NAE_EAA_P-1039_Kommunismi_Majak_kalurikolhoos, lk 20
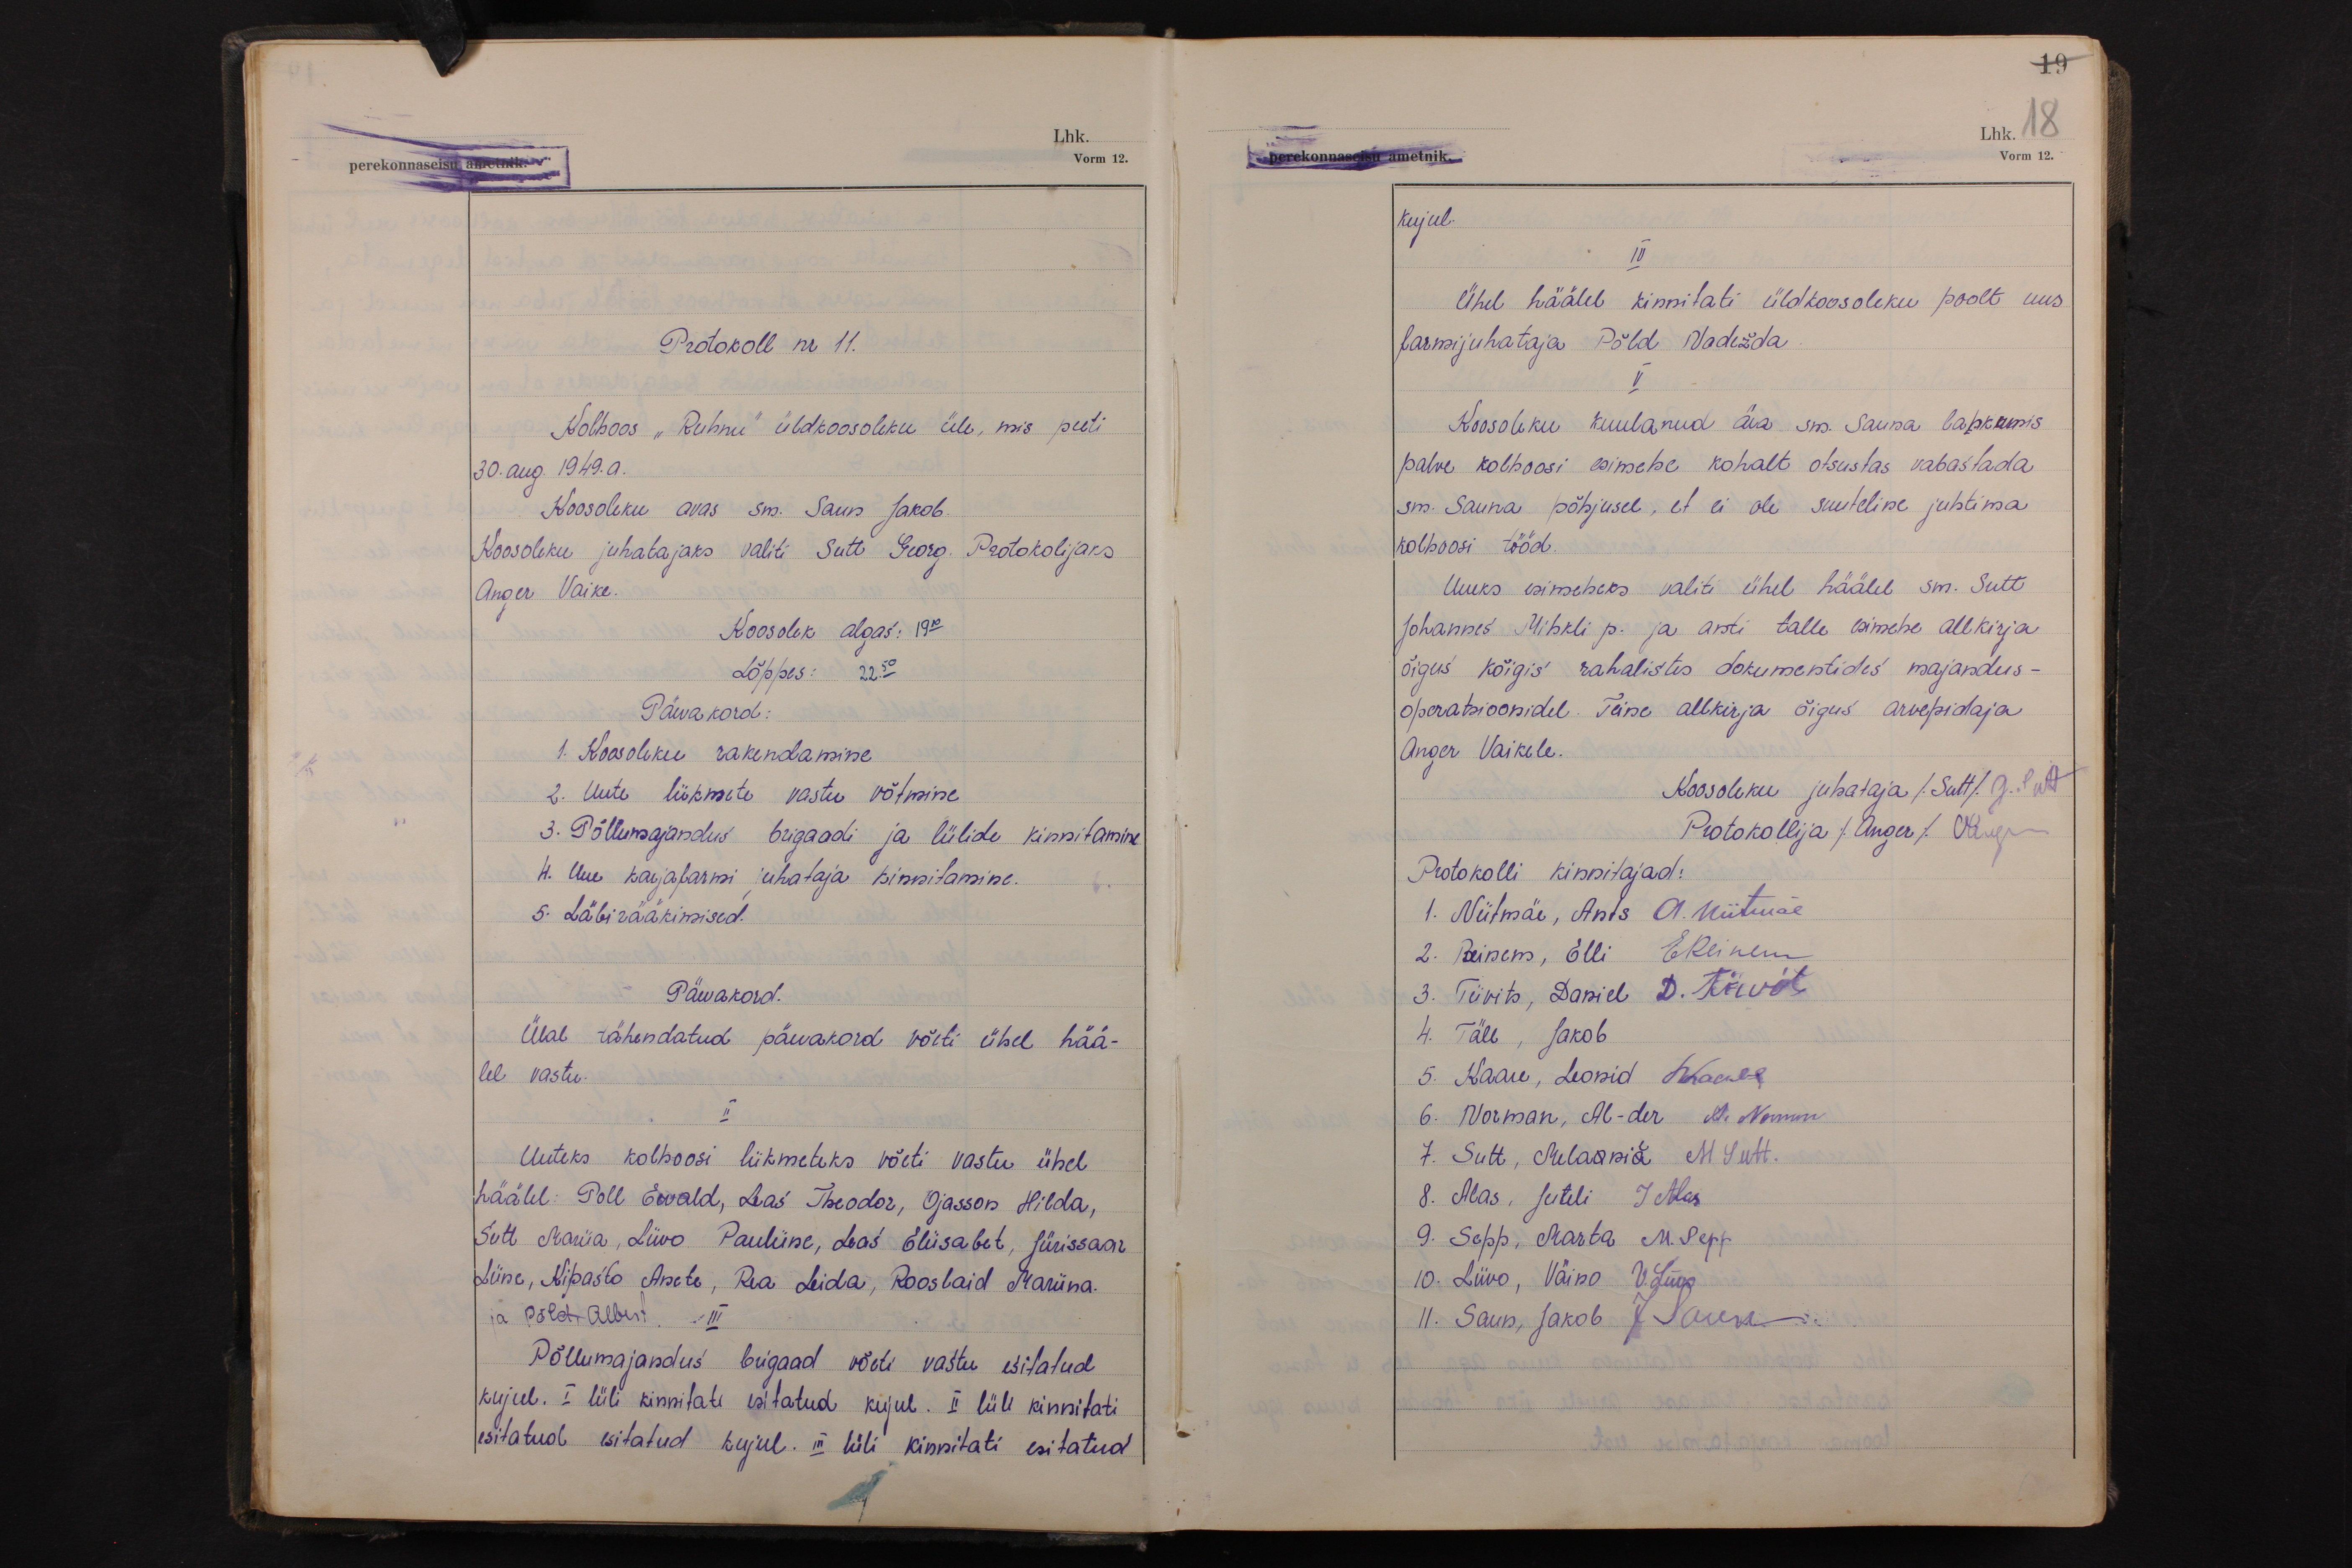
19
Lhk. 18
Vorm 12.

Protokoll nr 11.
Kolhoos "Ruhnu" üldkoosoleku üle, mis peeti
30. aug. 1949. a.
Koosoleku avas sm. Saun Jakob.
Koosoleku juhatajaks valiti Sutt Georg. Protokolijaks
Anger Vaike.
Koosolek algas: 19 10
Lõppes: 22.50
Päevakord:
1. Koosoleku rakendamine
2. Uute liikmete vastu võtmine
3. Põllumajandus brigaadi ja lülide kinnitamine
4. Uue karjafarmi juhataja kinnitamine.
5. Läbirääkimised.
Päevakord.
Ülal tähendatud päevakord võeti ühel hää-
lel vastu.
II
Uuteks kolhoosi liikmeteks võeti vastu ühel
häälel: Poll Eevald, Leas Theodor, Ojasson Hilda,
Sutt Mariia, Liivo Pauliine, Leas Eliisabet, Jürissaar
Liine, Kipasto Anete, Rea Leida, Rooslaid Mariina.
ja Põld, Albert.
III
Põllumajandus brigaad võeti vastu esitatud
kujul. I lüli kinnitati esitatud kujul. II lüll kinnitati
esitatud esitatud kujul. III lüli kinnitati esitatud

kujul.
IV
Ühel häälel kinnitati üldkoosoleku poolt uus
farmijuhataja Põld Nadežda
V
Koosoleku kuulanud ära sm. Sauna lahkumis
palve kolhoosi esimehe kohalt otsustas vabastada
sm. Sauna põhjusel, et ei ole suuteline juhtima
kolhoosi tööd.
Uueks esimeheks valiti ühel häälel sm. Sutt
Johannes Mihkli p. ja anti talle esimehe allkirja
õigus kõigis rahalistes dokumentides majandus-
operatsioonidel. Teine allkirja õigus arvepidaja
Anger Vaikele.
Koosoleku juhataja (Sutt) G. Sutt
Protokollija (Anger) VAnger
Protokolli kinnitajad:
1. Niitmäe, Ants A. Niiitmäe
2. Reinem, Elli EReinem
3. Tiivits, Daniel D. Tiivits
4. Täll, Jakob
5. Kaare, Leonid LKaare
6. Norman, Al-der A. Norman
7. Sutt, Melaania M Sutt.
8. Alas, Juuli J Alas
9. Sepp, Marta M. Sepp
10. Liivo, Väino V. Liivo
11. Saun, Jakob J. Saun